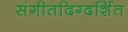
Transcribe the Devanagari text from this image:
संगीतदिग्दर्शित